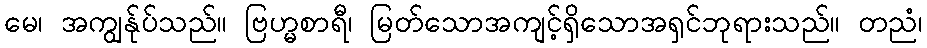
မေ၊ အကျွန်ုပ်သည်။ ဗြဟ္မစာရီ၊ မြတ်သောအကျင့်ရှိသောအရှင်ဘုရားသည်။ တညံ၊